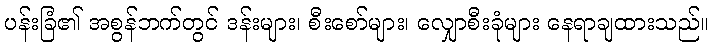
ပန်းခြံ၏ အစွန်ဘက်တွင် ဒန်းများ၊ စီးစော်များ၊ လျှောစီးခုံများ နေရာချထားသည်။